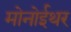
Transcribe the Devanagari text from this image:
मोनोईथर